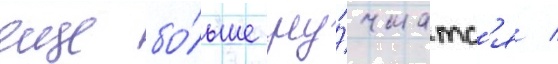
еще бо́льше улу́чшатс'я /